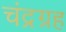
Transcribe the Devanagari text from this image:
चंद्रग्रह